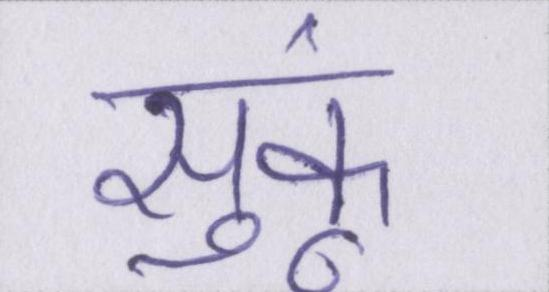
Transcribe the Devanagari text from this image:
सुकूं